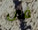
فى